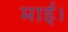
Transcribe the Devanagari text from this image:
माई।